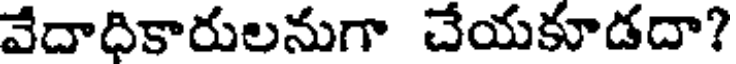
వేదాదికారులనుగా చేయకూడదా?